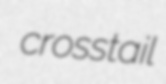
crosstail